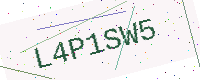
Text: L4P1SW5